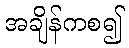
အချိန်ကစ၍